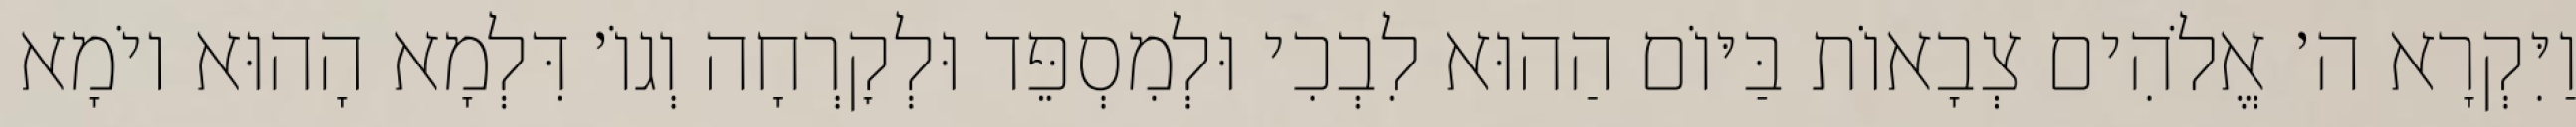
וַיִּקְרָא ה׳ אֱלֹהִים צְבָאוֹת בַּיּוֹם הַהוּא לִבְכִי וּלְמִסְפֵּד וּלְקׇרְחָה וְגוֹ׳ דִּלְמָא הָהוּא יוֹמָא